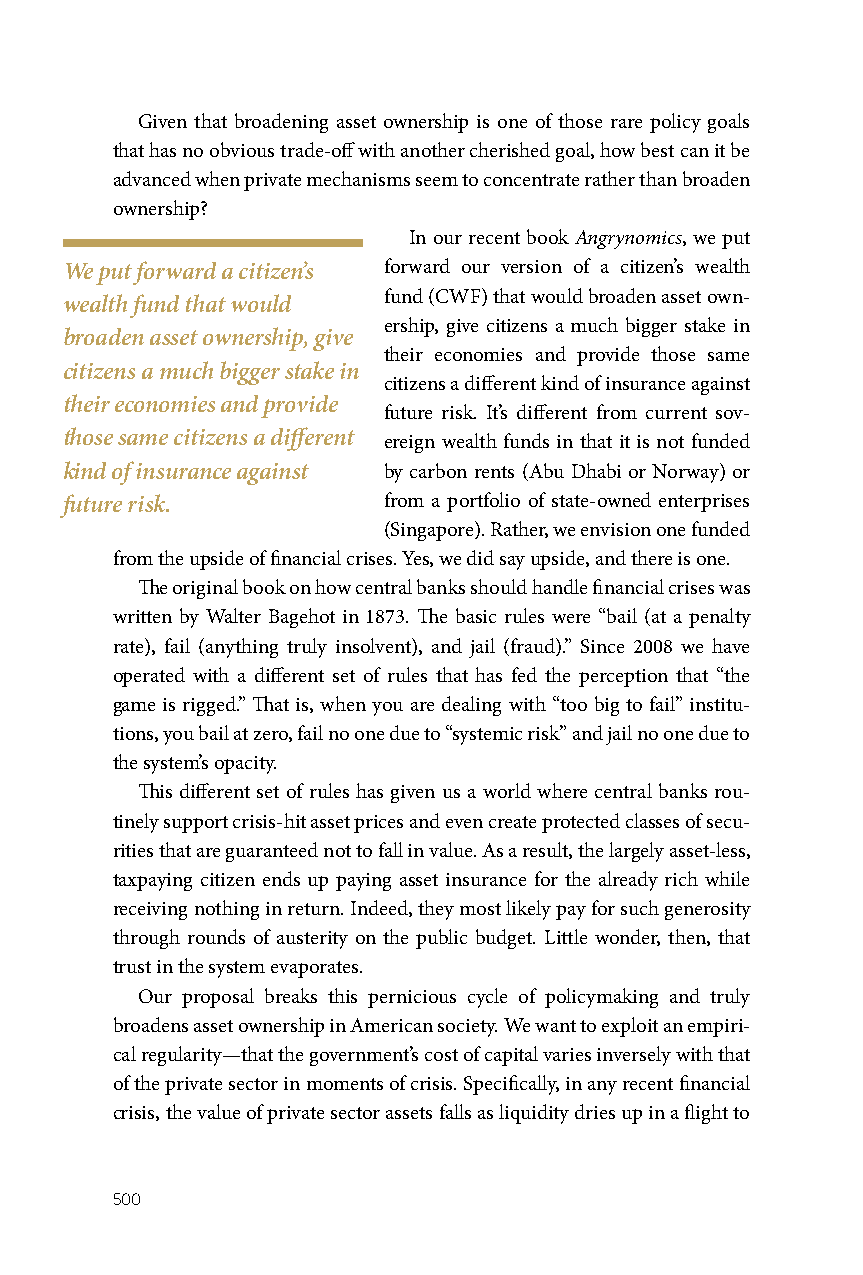
Given that broadening asset ownership is one of those rare policy goals
 that has no obvious trade-off with another cherished goal, how best can it be
 advanced when private mechanisms seem to concentrate rather than broaden
 ownership?
 In our recent book Angrynomics, we put
 We put forward a citizen’s forward our version of a citizen’s wealth
 fund (CWF) that would broaden asset own-
 wealth fund that would
 ership, give citizens a much bigger stake in
 broaden asset ownership, give
 their economies and provide those same
 citizens a much bigger stake in
 citizens a different kind of insurance against
 their economies and provide
 future risk. It’s different from current sov-
 those same citizens a different ereign wealth funds in that it is not funded
 kind of insurance against by carbon rents (Abu Dhabi or Norway) or
 future risk.         from a portfolio of state-owned enterprises
 (Singapore). Rather, we envision one funded
 from the upside of financial crises. Yes, we did say upside, and there is one.
 The original book on how central banks should handle financial crises was
 written by Walter Bagehot in 1873. The basic rules were “bail (at a penalty
 rate), fail (anything truly insolvent), and jail (fraud).” Since 2008 we have
 operated with a different set of rules that has fed the perception that “the
 game is rigged.” That is, when you are dealing with “too big to fail” institu-
 tions, you bail at zero, fail no one due to “systemic risk” and jail no one due to
 the system’s opacity.
 This different set of rules has given us a world where central banks rou-
 tinely support crisis-hit asset prices and even create protected classes of secu-
 rities that are guaranteed not to fall in value. As a result, the largely asset-less,
 taxpaying citizen ends up paying asset insurance for the already rich while
 receiving nothing in return. Indeed, they most likely pay for such generosity
 through rounds of austerity on the public budget. Little wonder, then, that
 trust in the system evaporates.
 Our proposal breaks this pernicious cycle of policymaking and truly
 broadens asset ownership in American society. We want to exploit an empiri-
 cal regularity—that the government’s cost of capital varies inversely with that
 of the private sector in moments of crisis. Specifically, in any recent financial
 crisis, the value of private sector assets falls as liquidity dries up in a flight to
 500